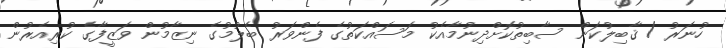
ހުނަރު / ޤާބިލުކަން ސާބިތުކޮށްދިނުމާއެކު މަސައްކަތުގެ ފެންވަރު ބެލުމުގެ ނިޒާމުން ވަޒީފާގެ ކުރިއެރުން